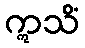
ဣသိံ